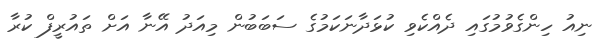
ނިއު ހިންގެވުމުގައި ދެއްކެވި ކުޅަދާނަކަމުގެ ސަބަބުން މިއަދު އޭނާ އަށް ތައުރީފް ކުރާ